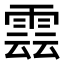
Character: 𮦖